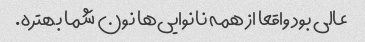
عالی بود واقعا ‌از همه نانوایی‌ها نون شما بهتره.